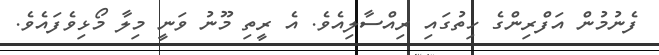
ފެނުމުން އަފްރިންގެ ހިތުގައި ރިއްސާލިއެވެ. އެ ރީތި މޫނު ވަނީ މިލާ މޯޅިވެފައެވެ.